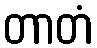
တာတံ